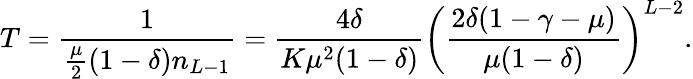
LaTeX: T=\frac{1}{\frac{\mu}{2}(1-\delta)n_{L-1}}=\frac{4\delta}{K\mu^{2}(1-\delta)}\left(\frac{2\delta(1-\gamma-\mu)}{\mu(1-\delta)}\right)^{L-2}.